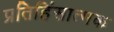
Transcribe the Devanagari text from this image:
प्रतिहिंसात्मक